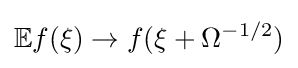
\mathbb {E} f(\xi )\rightarrow f(\xi +\Omega ^{-1/2})